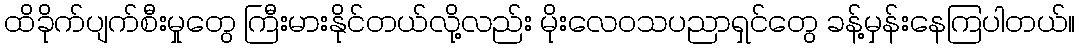
ထိခိုက်ပျက်စီးမှုတွေ ကြီးမားနိုင်တယ်လို့လည်း မိုးလေဝသပညာရှင်တွေ ခန့်မှန်းနေကြပါတယ်။